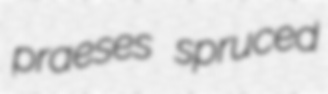
praeses spruced